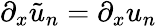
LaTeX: \partial_{x}\tilde{u}_{n}=\partial_{x}u_{n}